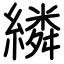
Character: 繗